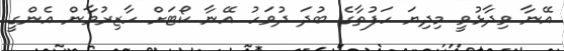
އޭނާ ވިދާޅުވީ މިދިޔަ ހަފުތާގެ ބުދަ ދުވަހު އޭނާ ކޯޓަށް ހާޒިރުވާން އެންގީ